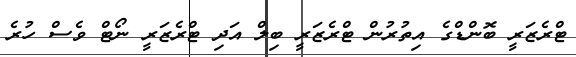
ޓްރެޒަރީ ބޮންޑްގެ އިތުރުން ޓްރެޒަރީ ބިލް އަދި ޓްރެޒަރީ ނޯޓް ވެސް ހުރެ